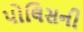
પોલિસની